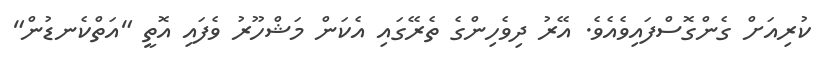
ކުރިއަށް ގެންގޮސްފައިވެއެވެ. އޭރު ދިވެހިންގެ ތެރޭގައި އެކަން މަޝްހޫރު ވެފައި އޮތީ "އަތްކެނޑުން"